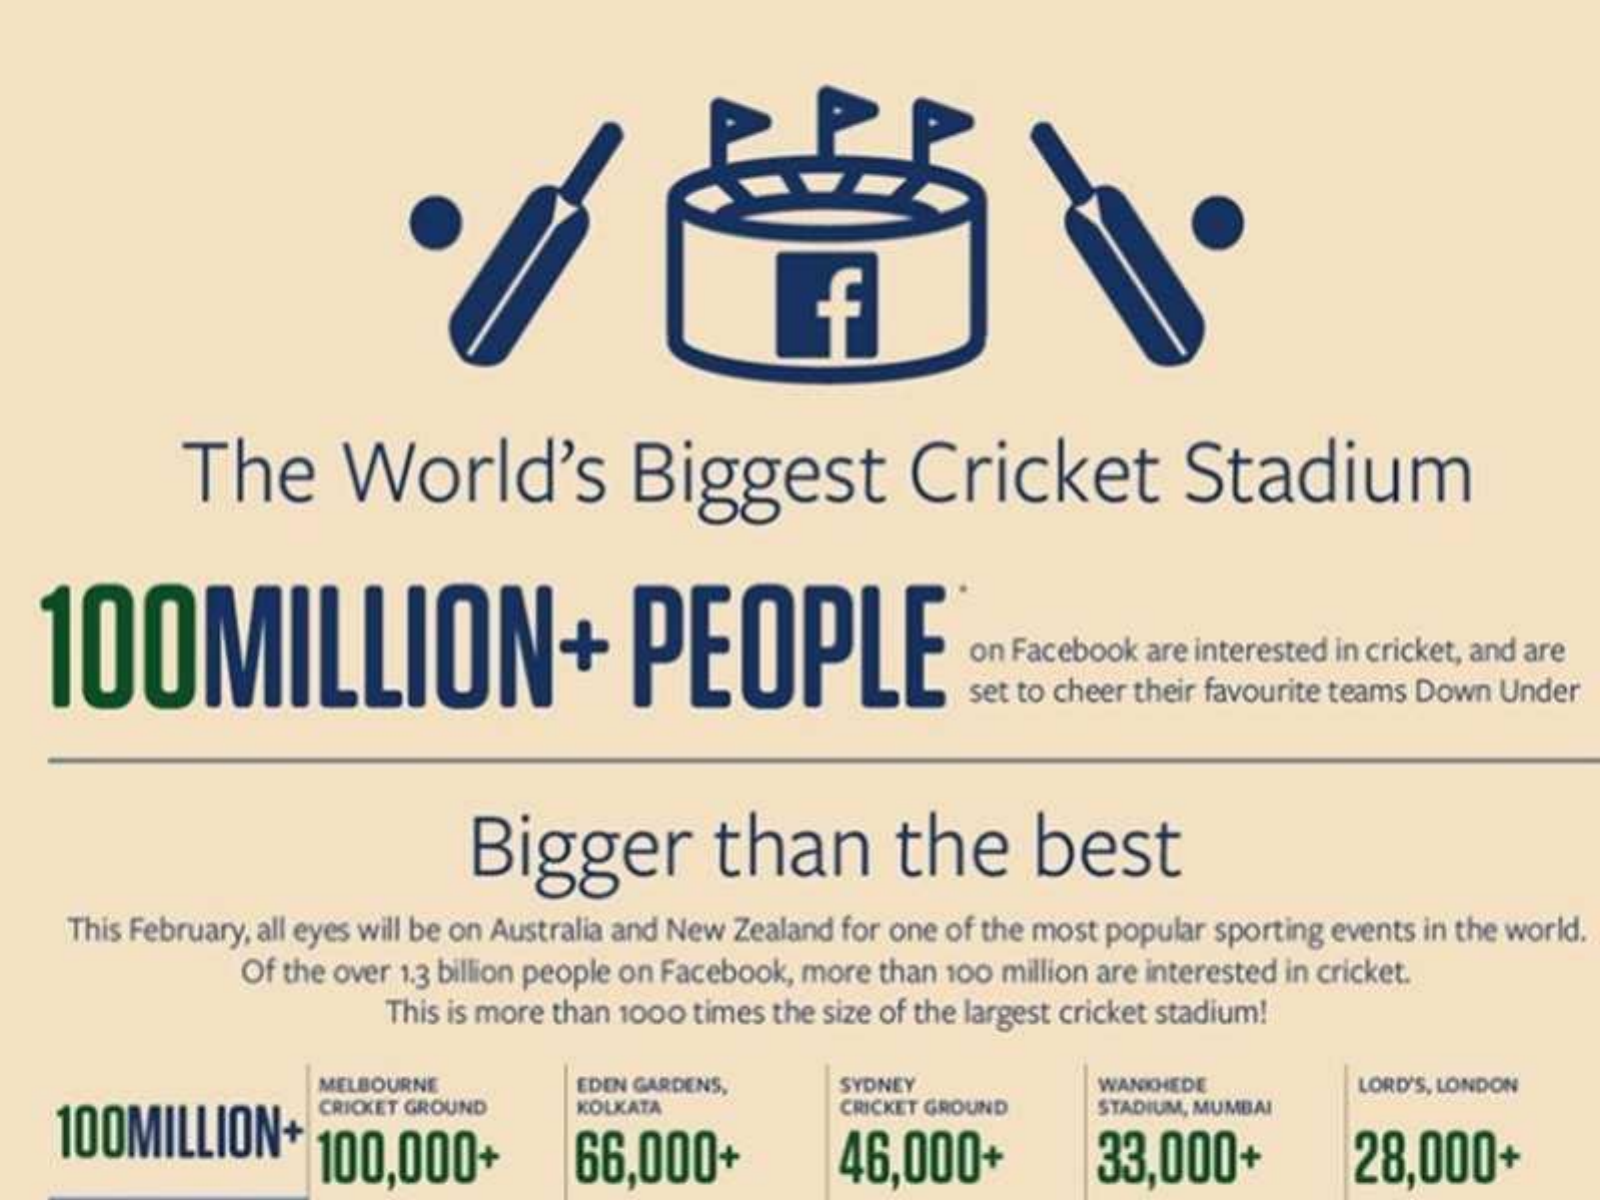
f
     The    World's    Biggest    Cricket    Stadium
  100MILLION+    PEOPLE    on Facebook are interested in cricket, and are
     set to cheer their favourite teams Down Under
     Bigger    than    the    best
     This February, all eyes will be on Australia and New Zealand for one of the most popular sporting events in the world.
     Of the over 1.3 billion people on Facebook, more than 100 million are interested in cricket.
     This is more than 1000 times the size of the largest cricket stadium!
     MELBOURNE    EDEN GARDENS,    LORD'S, LONDON
    100MILLION+
     CRICKET GROUND  KOLKATA
     SYDNEY
     CRICKET GROUND
     WANKHEDE
     STADIUM, MUMBAI
     100,000+    66,000+    46,000+    33,000+    28,000+